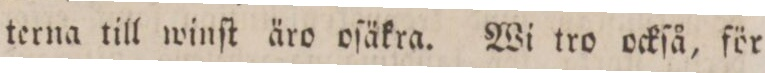
terna till winſt äro oſäkra. Wi tro ockſå, för